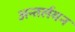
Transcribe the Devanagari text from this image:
अन्तर्लयन